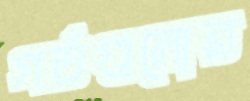
গর্তগুলোর